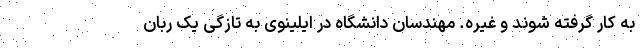
به کار گرفته شوند و غیره. مهندسان دانشگاه در ایلینوی به تازگی یک ربان